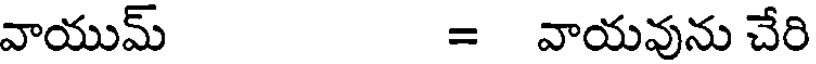
వాయుమ్ = వాయవును చేరి